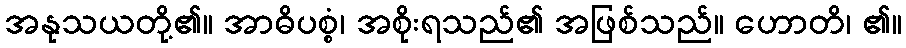
အနုသယတို့၏။ အာဓိပစ္စံ၊ အစိုးရသည်၏ အဖြစ်သည်။ ဟောတိ၊ ၏။